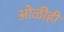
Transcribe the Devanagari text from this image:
ओळीही